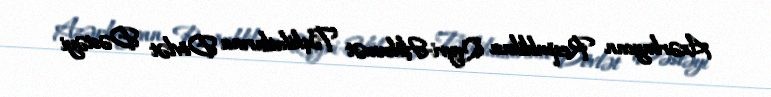
Azərbaycan Respublikası Qeyri-Hökumət Təşkilatlarına Dövlət Dəstəyi